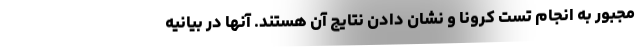
مجبور به انجام تست کرونا و نشان دادن نتایج آن هستند. آنها در بیانیه